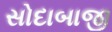
સોદાબાજી